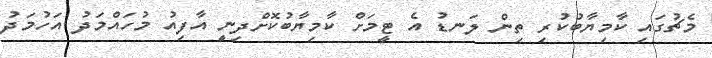
މެޗުގައި ކާމިޔާބުކުރި ތިން ލަނޑު އެ ޓީމަށް ކާމިޔާބުކޮށްދިނިީ އާފިއު މުހައްމަދު އަހުމަދު